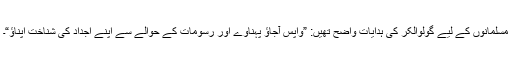
مسلمانوں کے لیے گولوالکر کی ہدایات واضح تھیں: ”واپس آجاﺅ پہناوے اور رسومات کے حوالے سے اپنے اجداد کی شناخت اپناﺅ“۔